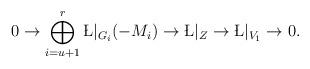
LaTeX: \begin{align*}0\to\bigoplus_{i=u+1}^r\L|_{G_i}(-M_i)\to\L|_Z\to\L|_{V_1}\to0.\end{align*}